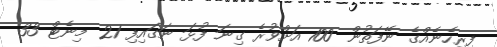
ފިރިހެނެއްގެ ނޭފަތުން 100 އަށްވުރެ ގިނަ ފުޅަ ނަގައިފި 21 މިނެޓް 33